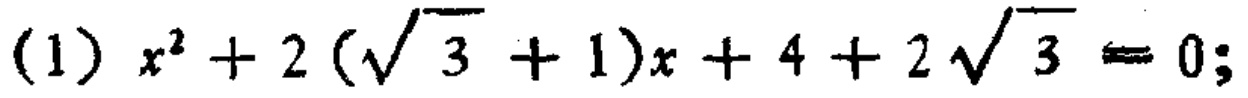
(1) \(x^{2}+2(\sqrt{3}+1)x + 4 + 2\sqrt{3}=0\);